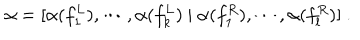
\alpha = [ \alpha ( f _ { 1 } ^ { L } ) , \cdots , \alpha ( f _ { k } ^ { L } ) \ | \ \alpha ( f _ { 1 } ^ { R } ) , \cdots , \alpha ( f _ { l } ^ { R } ) ] \ .